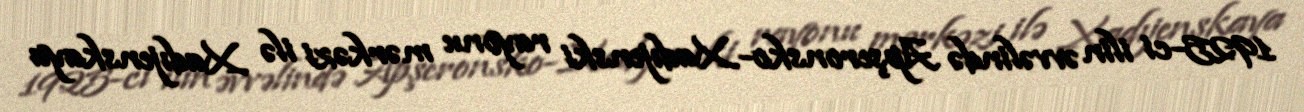
1925-ci ilin əvvəlində Apşeronsko-Xadıjenski rayonu mərkəzi ilə Xadıjenskaya